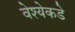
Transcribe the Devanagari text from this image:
वेश्येकडे